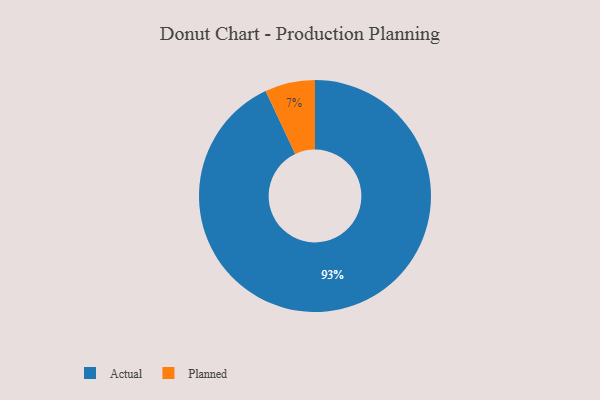
{"axis": {"x": "Category", "y": "Percentage"}, "legend": ["Actual", "Planned"], "data": [{"x": "Planned", "y": 7, "type": "Planned"}, {"x": "Actual", "y": 93, "type": "Actual"}]}